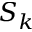
S _ { k }